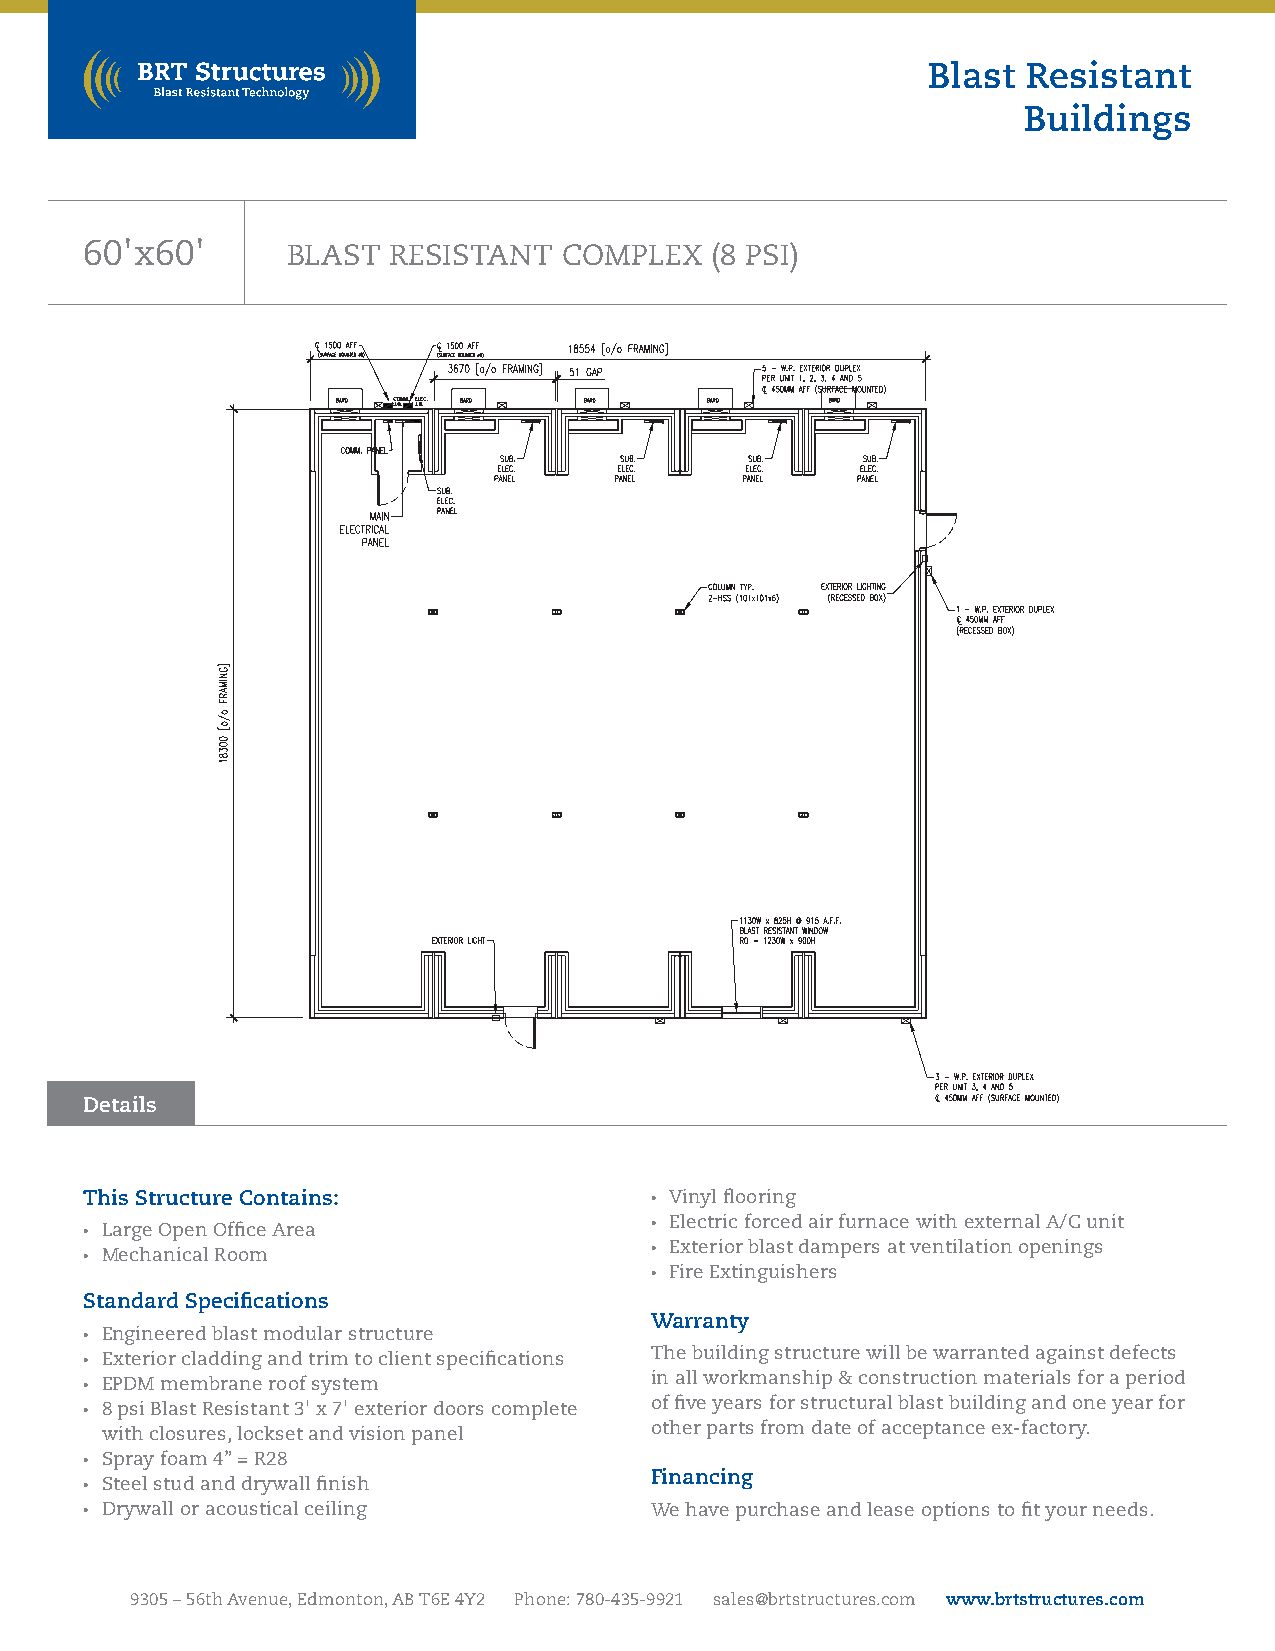
Blast  Resistant
 Buildings
 60'x60'      BLAST  RESISTANT  COMPLEX   (8 PSI)
 Details
 This Structure Contains:             • Vinyl flooring
 • Electric forced air furnace with external A/C unit
 • Large Open Office Area
 • Exterior blast dampers at ventilation openings
 • Mechanical Room
 • Fire Extinguishers
 Standard Specifications
 Warranty
 • Engineered blast modular structure
 • Exterior cladding and trim to client specifications The building structure will be warranted against defects
 • EPDM membrane roof system          in all workmanship & construction materials for a period
 • 8 psi Blast Resistant 3' x 7' exterior doors complete of five years for structural blast building and one year for
 with closures, lockset and vision panel other parts from date of acceptance ex-factory.
 • Spray foam 4” = R28
 Financing
 • Steel stud and drywall finish
 • Drywall or acoustical ceiling      We have purchase and lease options to fit your needs.
 9305 – 56th Avenue, Edmonton, AB T6E 4Y2 Phone: 780-435-9921 sales@brtstructures.com www.brtstructures.com